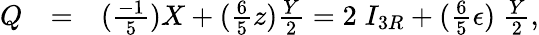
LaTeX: \begin{array}{ccl}{{Q}}&{{=}}&{{(\frac{-1}{5})X+(\frac{6}{5}z){\frac{Y}{2}}=2\; I_{3R}+(\frac{6}{5}\epsilon)\; {\frac{Y}{2}},}}\end{array}